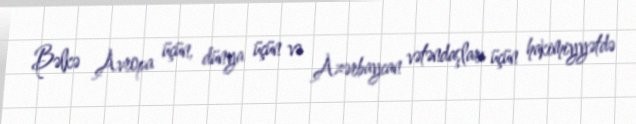
Bəlkə Avropa üçün, dünya üçün və Azərbaycan vətəndaşları üçün hakimiyyətdə